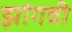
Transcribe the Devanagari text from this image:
झांगवी